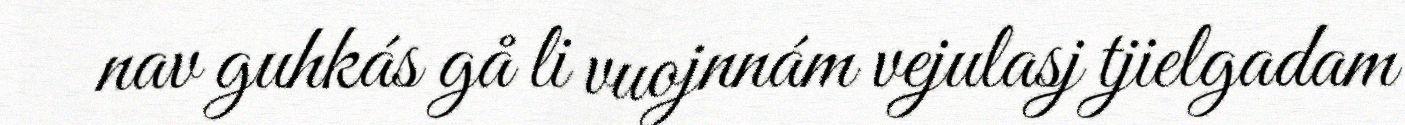
nav guhkás gå li vuojnnám vejulasj tjielgadam